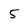
Character: 5